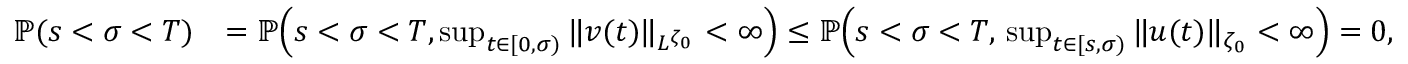
\begin{array} { r l } { { \mathbb P } ( s < \sigma < T ) } & { = { \mathbb P } \Big ( s < \sigma < T , \operatorname* { s u p } _ { t \in [ 0 , \sigma ) } \| v ( t ) \| _ { L ^ { \zeta _ { 0 } } } < \infty \Big ) \leq { \mathbb P } \Big ( s < \sigma < T , \, \operatorname* { s u p } _ { t \in [ s , \sigma ) } \| u ( t ) \| _ { \zeta _ { 0 } } < \infty \Big ) = 0 , } \end{array}